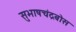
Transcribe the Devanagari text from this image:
सुभाषचंद्रबोस